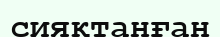
сияқтанған